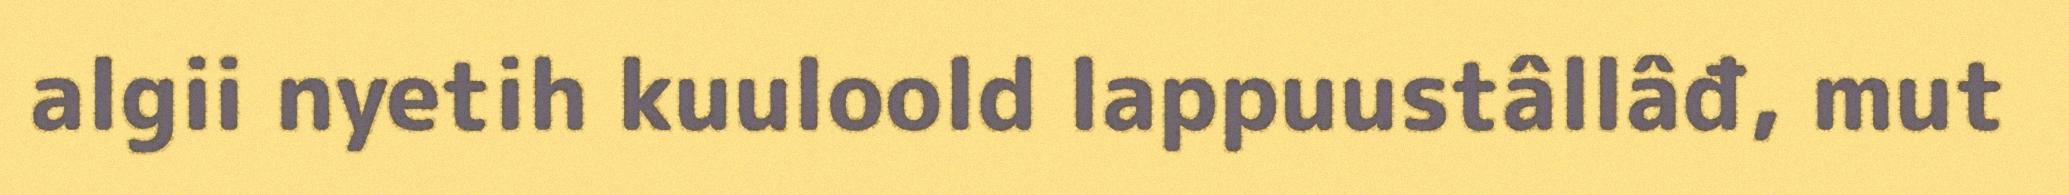
algii nyetih kuuloold lappuustâllâđ, mut